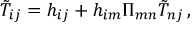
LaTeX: \tilde { T } _ { i j } = h _ { i j } + h _ { i m } \Pi _ { m n } \tilde { T } _ { n j } \, ,